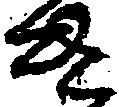
き